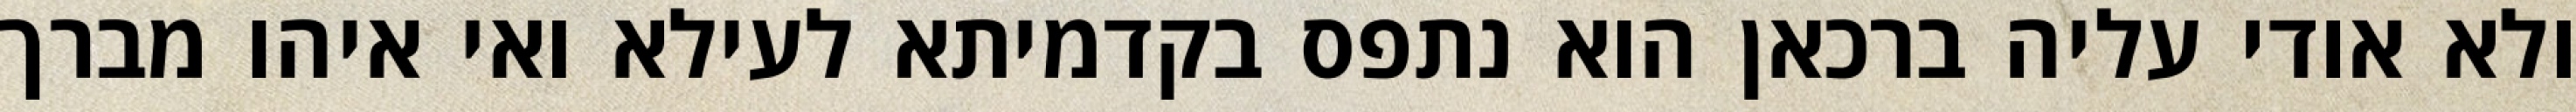
ולא אודי עליה ברכאן הוא נתפס בקדמיתא לעילא ואי איהו מברך